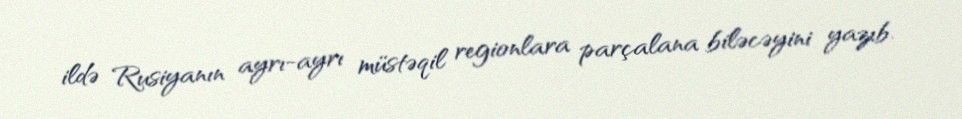
ildə Rusiyanın ayrı-ayrı müstəqil regionlara parçalana biləcəyini yazıb.